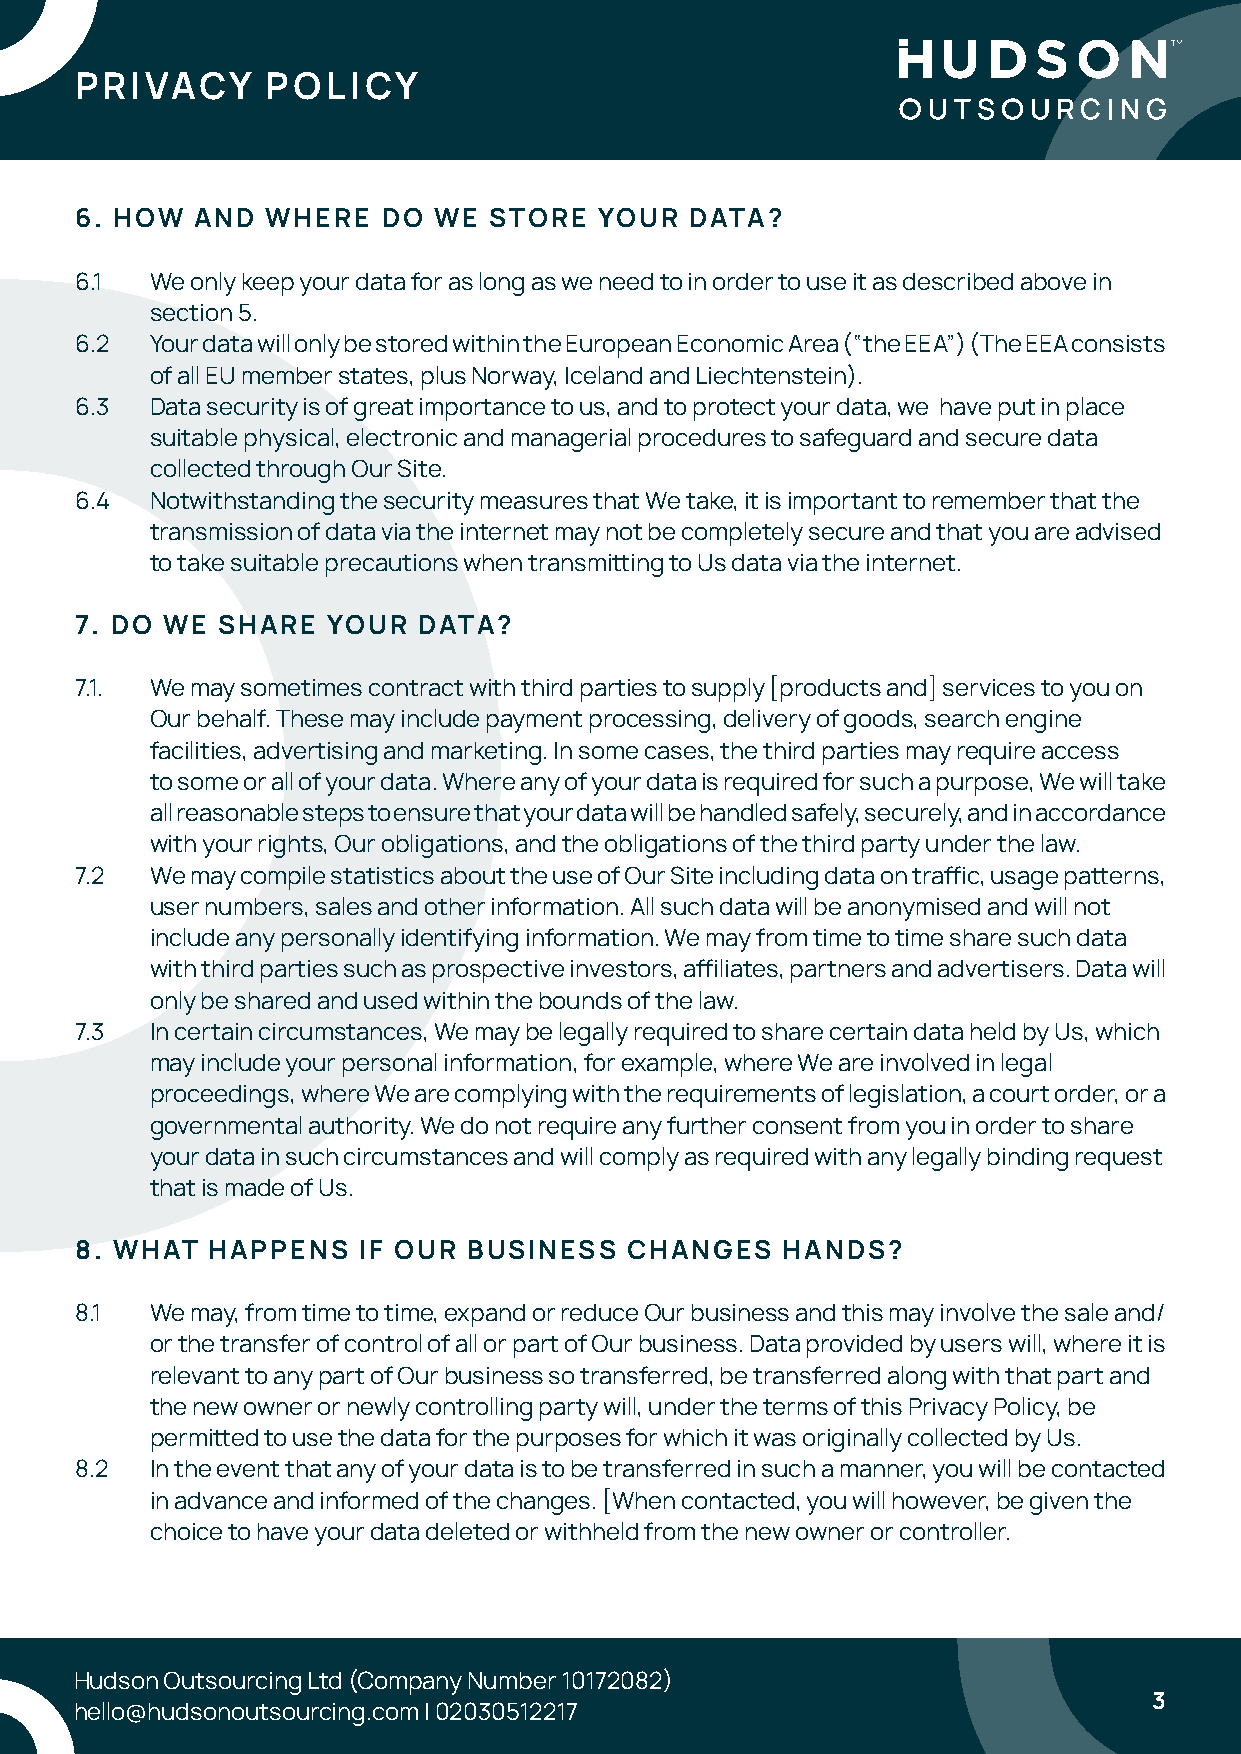
PRIVACY      POLICY
 6. HOW  AND  WHERE  DO  WE STORE   YOUR  DATA?
 6.1  We only keep your data for as long as we need to in order to use it as described above in
 section 5.
 6.2  Your data will only be stored within the European Economic Area (“the EEA”) (The EEA consists
 of all EU member states, plus Norway, Iceland and Liechtenstein).
 6.3  Data security is of great importance to us, and to protect your data, we have put in place
 suitable physical, electronic and managerial procedures to safeguard and secure data
 collected through Our Site.
 6.4  Notwithstanding the security measures that We take, it is important to remember that the
 transmission of data via the internet may not be completely secure and that you are advised
 to take suitable precautions when transmitting to Us data via the internet.
 7. DO WE SHARE   YOUR  DATA?
 7.1. We may sometimes contract with third parties to supply [products and] services to you on
 Our behalf. These may include payment processing, delivery of goods, search engine
 facilities, advertising and marketing. In some cases, the third parties may require access
 to some or all of your data. Where any of your data is required for such a purpose, We will take
 all reasonable steps to ensure that your data will be handled safely, securely, and in accordance
 with your rights, Our obligations, and the obligations of the third party under the law.
 7.2  We may compile statistics about the use of Our Site including data on traffic, usage patterns,
 user numbers, sales and other information. All such data will be anonymised and will not
 include any personally identifying information. We may from time to time share such data
 with third parties such as prospective investors, affiliates, partners and advertisers. Data will
 only be shared and used within the bounds of the law.
 7.3  In certain circumstances, We may be legally required to share certain data held by Us, which
 may include your personal information, for example, where We are involved in legal
 proceedings, where We are complying with the requirements of legislation, a court order, or a
 governmental authority. We do not require any further consent from you in order to share
 your data in such circumstances and will comply as required with any legally binding request
 that is made of Us.
 8. WHAT  HAPPENS   IF OUR BUSINESS   CHANGES   HANDS?
 8.1  We may, from time to time, expand or reduce Our business and this may involve the sale and/
 or the transfer of control of all or part of Our business. Data provided by users will, where it is
 relevant to any part of Our business so transferred, be transferred along with that part and
 the new owner or newly controlling party will, under the terms of this Privacy Policy, be
 permitted to use the data for the purposes for which it was originally collected by Us.
 8.2  In the event that any of your data is to be transferred in such a manner, you will be contacted
 in advance and informed of the changes. [When contacted, you will however, be given the
 choice to have your data deleted or withheld from the new owner or controller.
 Hudson Outsourcing Ltd (Company Number 10172082)
 Hudson Outsourcing Ltd (Company Number 10172082)
 3
 hello@hudsonoutsourcing.com | 02030512217                              3
 hello@hudsonoutsourcing.com | 02030512217